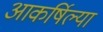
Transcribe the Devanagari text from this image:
आकर्षिल्या